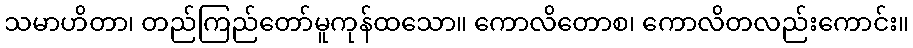
သမာဟိတာ၊ တည်ကြည်တော်မူကုန်ထသော။ ကောလိတောစ၊ ကောလိတလည်းကောင်း။